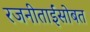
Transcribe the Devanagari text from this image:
रजनीताईंसोबत